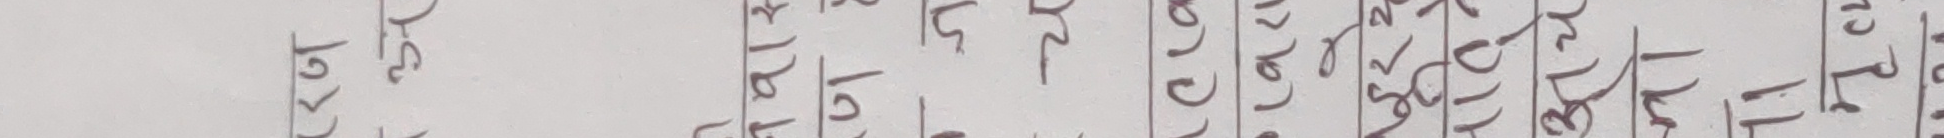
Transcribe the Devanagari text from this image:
म ३५ वा १८।२३ वा २६,२७ वा ३१।२२ वा २२।३५ वा २८